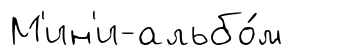
М'ин'и-альбо́м